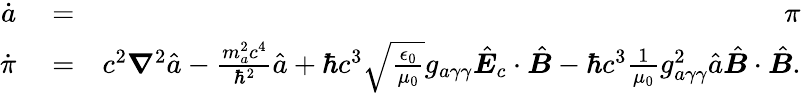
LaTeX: \begin{array}{rlr}{\dot{a}}&{{}=}&{\pi}\\ {\dot{\pi}}&{{}=}&{c^{2}\boldsymbol\nabla^{2}\hat{a}-\frac{m_{a}^{2}c^{4}}{\hbar^{2}}\hat{a}+\hbar c^{3}\sqrt{\frac{\epsilon_{0}}{\mu_{0}}}g_{a\gamma\gamma}\hat{\boldsymbol E}_{c}\cdot\hat{\boldsymbol B}-\hbar c^{3}\frac{1}{\mu_{0}}g_{a\gamma\gamma}^{2}\hat{a}\hat{\boldsymbol B}\cdot\hat{\boldsymbol B}.}\end{array}